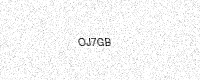
Text: OJ7GB